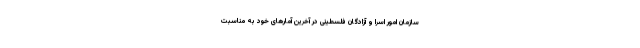
سازمان امور اسرا و آزادگان فلسطینی در آخرین آمارهای خود به مناسبت